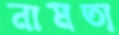
নামতা